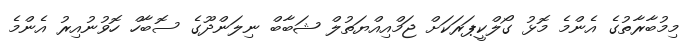
މިމުބާރާތުގެ އެންމެ މޮޅު ގޯލްކީޕަރަކަށް ޖަމްއިއްޔަތުލް ޝަބާބް ނިލަންދޫގެ ސޮބާހް ހޮވުނުއިރު އެންމެ